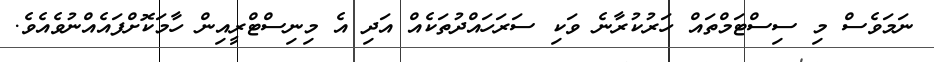
ނަމަވެސް މި ސިސްޓަމްތައް ހަރުކުރާނެ ވަކި ސަރަހައްދުތަކެއް އަދި އެ މިނިސްޓްރީއިން ހާމަކޮށްފައެއްނުވެއެވެ.